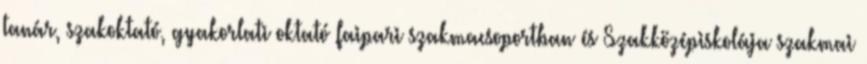
tanár, szakoktató, gyakorlati oktató faipari szakmacsoportban és Szakközépiskolája szakmai